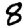
Digit: 8